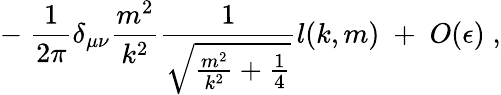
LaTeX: -\; \frac{1}{2\pi}\delta_{\mu\nu}\frac{m^{2}}{k^{2}}\frac{1}{\sqrt{\frac{m^{2}}{k^{2}}+\frac{1}{4}}}l(k,m)\; +\; O(\epsilon)\; ,